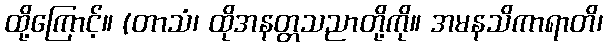
ထို့ကြောင့်။ (တာသံ၊ ထိုအနတ္တသညာတို့ကို။ အမနသိကာရာတိ၊